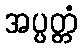
အပ္ပတ္တံ